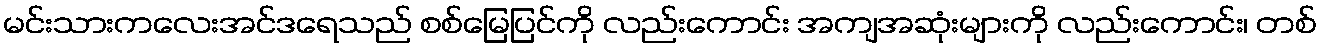
မင်းသားကလေးအင်ဒရေသည် စစ်မြေပြင်ကို လည်းကောင်း အကျအဆုံးများကို လည်းကောင်း၊ တစ်